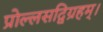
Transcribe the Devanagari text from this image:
प्रोल्लसद्विग्रहम्।